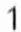
1